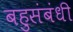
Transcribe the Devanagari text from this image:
बहुसंबंधी